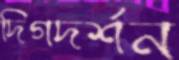
দিগদর্শন